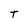
Character: T